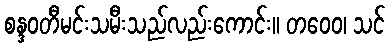
စန္ဒဝတီမင်းသမီးသည်လည်းကောင်း။ တဝေဝ၊ သင်